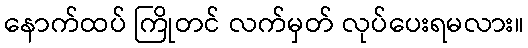
နောက်ထပ် ကြိုတင် လက်မှတ် လုပ်ပေးရမလား။